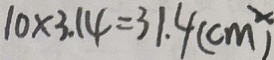
1 0 \times 3 . 1 4 = 3 1 . 4 ( c m ^ { 2 } )